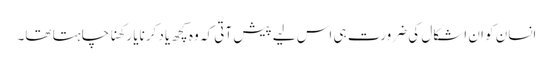
انسان کو ان اشکال کی ضرورت ہی اس لیے پیش آتی کہ وہ کچھ یاد کرنایا رکھنا چاہتا تھا۔